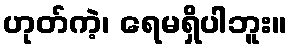
ဟုတ်ကဲ့၊ ရေမရှိပါဘူး။